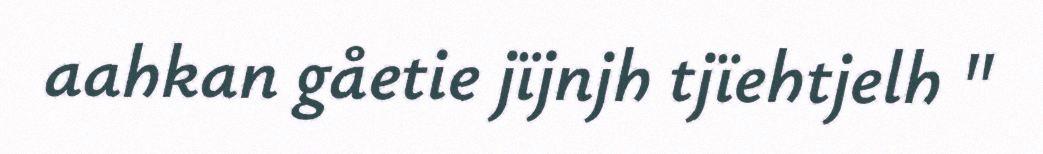
aahkan gåetie jïjnjh tjïehtjelh "